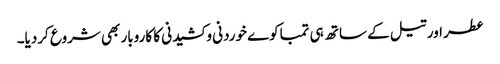
عطر اور تیل کے ساتھ ہی تمباکوے خوردنی و کشیدنی کا کاروبار بھی شروع کردیا۔